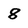
Character: 8